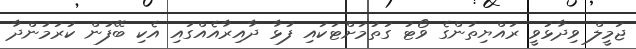
ޖަމީލް ވިދާޅުވީ ރައްޔިތުންގެ ވޯޓު ގަތުމަށްޓަކައި ފުޅާ ދާއިރާއެއްގައި އެކި ބޭފުން ކުރަމުންދާ